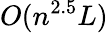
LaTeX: O(n^{2.5}L)